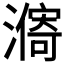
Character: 𣿾